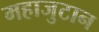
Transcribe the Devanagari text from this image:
महाजुटान